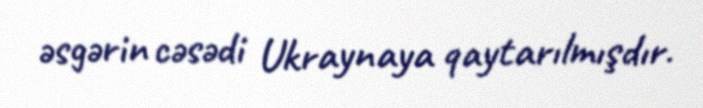
əsgərin cəsədi Ukraynaya qaytarılmışdır.